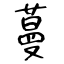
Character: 蔓